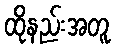
ထိုနည်းအတူ